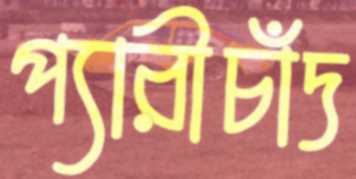
প্যারীচাঁদ